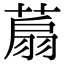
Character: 𦶋